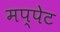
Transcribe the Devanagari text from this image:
मप्पेट